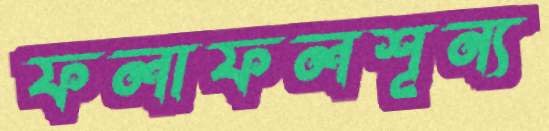
ফলাফলশূন্য